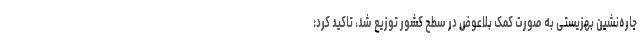
جاره‌نشین بهزیستی به صورت کمک بلاعوض در سطح کشور توزیع شد، تاکید کرد: